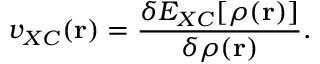
v _ { X C } ( \mathbf { r } ) = \frac { \delta E _ { X C } [ \rho ( \mathbf { r } ) ] } { \delta \rho ( \mathbf { r } ) } .